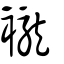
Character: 襱